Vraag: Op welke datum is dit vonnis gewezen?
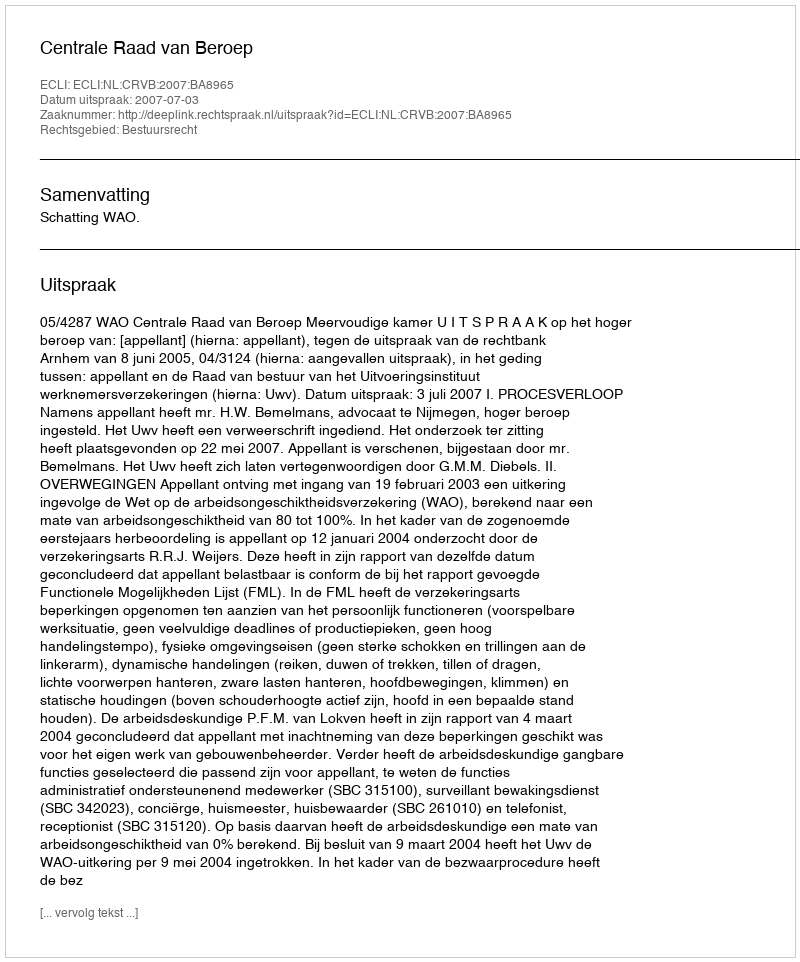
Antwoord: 2007-07-03